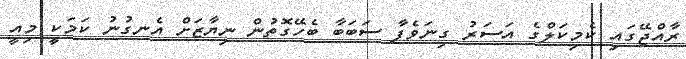
ރާއްޖޭގައި ކެމިކަލްގެ އަސަރު ގިނަވެފާ ސަބަބާ ބެހޭގޮތުން ނިޔާޒަށް އެނގުނު ކަމަކީ މިއީ